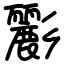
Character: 彲